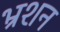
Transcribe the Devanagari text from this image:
भ्रशन